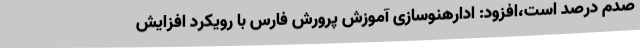
صدم درصد است،افزود: ادارهنوسازی آموزش پرورش فارس با رویکرد افزایش